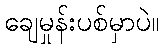
ချေမှုန်းပစ်မှာပဲ။